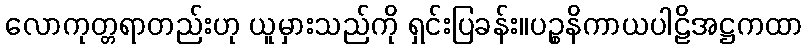
လောကုတ္တရာတည်းဟု ယူမှားသည်ကို ရှင်းပြခန်း။ပဉ္စနိကာယပါဠိအဋ္ဌကထာ